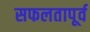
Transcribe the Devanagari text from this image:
सफलतापूर्व